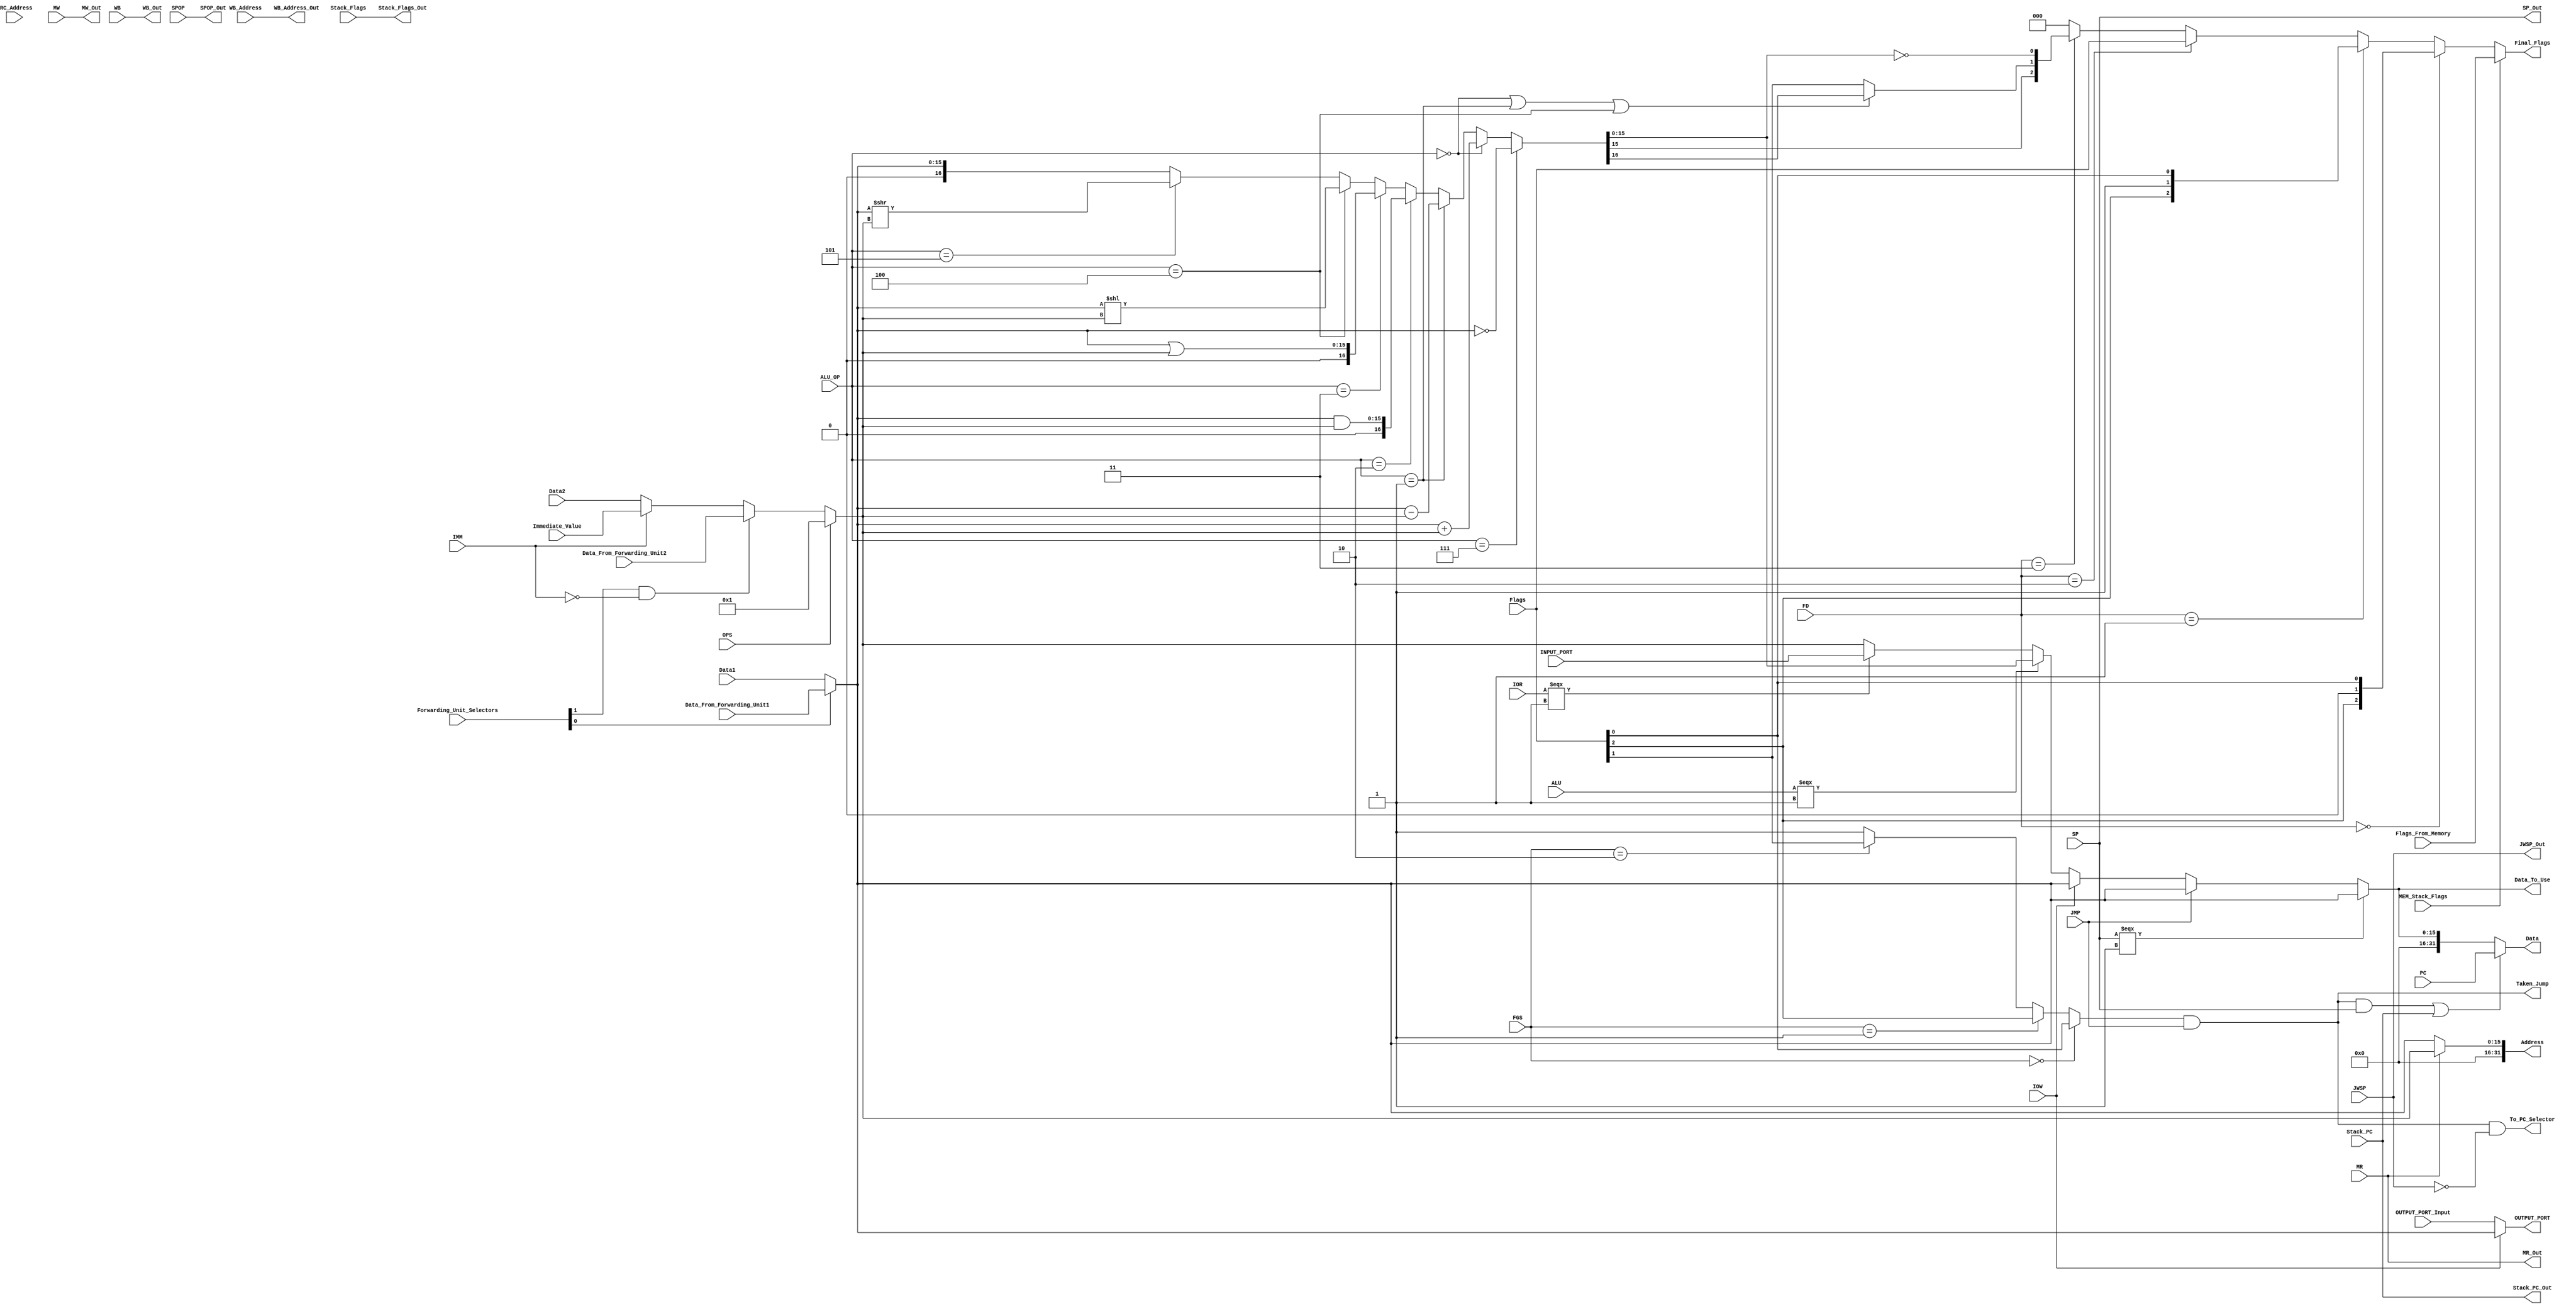
module ExecutionUnit(
    /*Inputs From Buffer*/
    IOR,IOW,OPS,ALU,MR,MW,WB,JMP, SP,SPOP,JWSP,IMM,Stack_PC,Stack_Flags,
    FD,FGS,
    ALU_OP,WB_Address,SRC_Address,
    Data1,Data2,Immediate_Value,
    PC,

    /*Signals*/
    Forwarding_Unit_Selectors, // 1-bit To be changed in the design

    /*Asynchronous Inputs*/
    Data_From_Forwarding_Unit1,
    Data_From_Forwarding_Unit2,

    /*Flags*/
    /*NF|CF|ZF*/
    Flags,

    /*Flags From Memory*/
    /*NF|CF|ZF*/
    Flags_From_Memory,

    /*Input Port*/
    INPUT_PORT,

    /*Output Port*/
    OUTPUT_PORT,
    OUTPUT_PORT_Input,

    /*Outputs*/
    MR_Out,MW_Out,WB_Out,JWSP_Out,Stack_PC_Out,Stack_Flags_Out, SP_Out, SPOP_Out,
    WB_Address_Out,
    Data,Address,

    /*Flags Outputs*/
    /*NF|CF|ZF*/
    Final_Flags,

    /*For Jumps*/
    Taken_Jump, 

    /*out for pc */
    Data_To_Use,

    /* Output Signals */
    /*PC Selectors*/
    To_PC_Selector,
    /*Data From EX/MEM Buffer*/
    MEM_Stack_Flags
);  
    /*Inputs*/
    input IOR,IOW,OPS,ALU,MR,MW,WB,JMP,SP,SPOP,JWSP,IMM,Stack_PC,Stack_Flags,MEM_Stack_Flags;
    input [1:0] FD,FGS,Forwarding_Unit_Selectors;
    input [2:0] ALU_OP,WB_Address,SRC_Address,Flags,Flags_From_Memory;
    input [15:0] Data1,Data2,Immediate_Value,Data_From_Forwarding_Unit1,Data_From_Forwarding_Unit2,INPUT_PORT,OUTPUT_PORT_Input;
    input [31:0] PC;

    /*Outputs*/
    output MR_Out,MW_Out,WB_Out,JWSP_Out,Stack_PC_Out,Stack_Flags_Out, Taken_Jump, To_PC_Selector, SP_Out, SPOP_Out;
    output [2:0] WB_Address_Out,Final_Flags;
    output [15:0] OUTPUT_PORT,Data_To_Use;
    output [31:0] Data,Address;

    /*Connections*/
    wire Temp_CF,Select_Flags_Or_From_Memory, Jump_On_Which_Flag;
    wire [2:0] Flags_From_Decision,Flags_Out;
    wire [15:0] Operand1,Operand2,Immediate_Or_Register,Data_Or_One,Data_From_ALU;


    /* Level 1 */
    assign Operand1= (Forwarding_Unit_Selectors[0]==1'b1)?Data_From_Forwarding_Unit1:Data1;

    assign Immediate_Or_Register= (IMM==1'b1)?Immediate_Value:Data2;

    assign Data_Or_One= (Forwarding_Unit_Selectors[1]==1'b1&&IMM==1'b0)?Data_From_Forwarding_Unit2:Immediate_Or_Register;

    assign Operand2= (OPS==1'b1)?16'd1:Data_Or_One;

    assign OUTPUT_PORT = (IOW==1'b0)?OUTPUT_PORT_Input:Operand1;


    /* Level 2 */
    assign {Temp_CF,Data_From_ALU} = (ALU_OP==3'd7)? ~Operand1:
        (ALU_OP==3'd0)? Operand1+Operand2:
        (ALU_OP==3'd1)? Operand1-Operand2:
        (ALU_OP==3'd2)? Operand1&Operand2:
        (ALU_OP==3'd3)? Operand1|Operand2:
        (ALU_OP==3'd4)? Operand1<<Operand2:
        (ALU_OP==3'd5)? Operand1>>Operand2:Operand1;


    /*NF|CF|ZF*/
    assign Flags_Out[0]= Data_From_ALU==16'd0; // ZF
    assign Flags_Out[1]= (ALU_OP==3'd0 || ALU_OP==3'd1 || ALU_OP==3'd4) ? Temp_CF : Flags[1]; // CF
    assign Flags_Out[2]= Data_From_ALU[15]==1'b1; // NF


    /* Level 3 */
    assign Data_To_Use=(SP===1'b1)?Operand1:
        (JMP==1'b1)?Operand1:
        (IOW==1'b1)?Operand1:
        (ALU===1'b1)?Data_From_ALU:
        (IOR===1'b1)?INPUT_PORT:
        (MW===1'b1)?Operand2:Operand2;


    assign Flags_From_Decision=(FD==2'b00)?{Flags[2],1'b0,Flags[0]}:
        (FD==2'b01)?{Flags[2],1'b1,Flags[0]}:
        (FD==2'b10)?Flags:
        (FD==2'b11)?Flags_Out:3'b000;

    
    assign Select_Flags_Or_From_Memory= MEM_Stack_Flags;

    assign Final_Flags=(Select_Flags_Or_From_Memory==1'b1)?Flags_From_Memory:Flags_From_Decision;

    
    /* Level 4 Data*/

    /*NF|CF|ZF*/
    assign Jump_On_Which_Flag = (FGS==2'd0)? Flags[0]:
        (FGS==2'd1)? Flags[2]:
        (FGS==2'd2)? Flags[1]: 1'b1;
    
    assign Taken_Jump = Jump_On_Which_Flag & JMP;


    assign Data =  ((Taken_Jump & SP)|Stack_PC)? PC: {{16{1'b0}},Data_To_Use}; 
    

    /* Level 4 Address*/

    assign Address = (MR==1'b1)? {{16{1'b0}}, Operand2}: {{16{1'b0}}, Operand1};          
        // Address = Src in Case of Load 
        // Address = Dst Otherwise

    
    assign To_PC_Selector = (Taken_Jump & !JWSP);

    /*Unchangable*/
    assign  {MR_Out,MW_Out,WB_Out,JWSP_Out,Stack_PC_Out,Stack_Flags_Out,WB_Address_Out, SP_Out, SPOP_Out}={MR,MW,WB,JWSP,Stack_PC,Stack_Flags,WB_Address, SP, SPOP};
endmodule